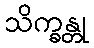
သိက္ခန္တု